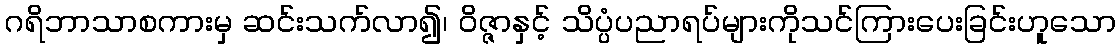
ဂရိဘာသာစကားမှ ဆင်းသက်လာ၍၊ ဝိဇ္ဇာနှင့် သိပ္ပံပညာရပ်များကိုသင်ကြားပေးခြင်းဟူသော